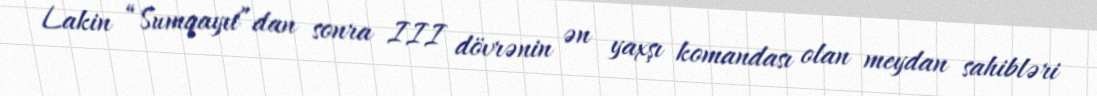
Lakin “Sumqayıt”dan sonra III dövrənin ən yaxşı komandası olan meydan sahibləri